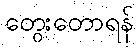
တွေးတောရန်